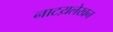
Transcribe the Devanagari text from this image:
नाटय़लेखन